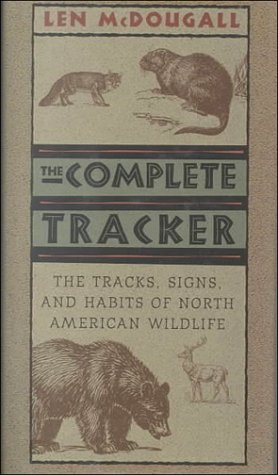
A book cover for The Complete Tracker The Tracks, Signs and Habits of North American Wildlife; Len McDougall; Sports & Outdoors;